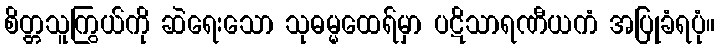
စိတ္တသူကြွယ်ကို ဆဲရေးသော သုဓမ္မထေရ်မှာ ပဋိသာရဏီယကံ အပြုခံရပုံ။